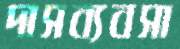
দাসব্যবসা